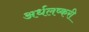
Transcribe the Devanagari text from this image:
अर्धलष्करी